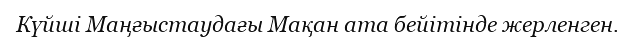
Күйші Маңғыстаудағы Мақан ата бейітінде жерленген.